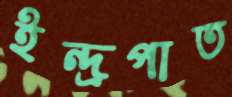
ইন্দ্রপাত